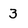
Character: 3